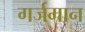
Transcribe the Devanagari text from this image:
गर्जमान